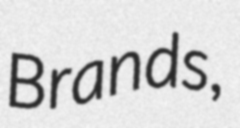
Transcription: Brands,